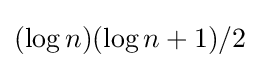
(\log n)(\log n+1)/2